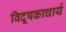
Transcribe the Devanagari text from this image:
विदूषकाचार्य